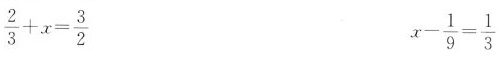
$$\frac { 2 } { 3 } + x = \frac { 3 } { 2 }$$ $$x - \frac { 1 } { 9 } = \frac { 1 } { 3 }$$